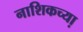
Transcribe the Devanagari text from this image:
नाशिकच्या़